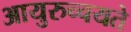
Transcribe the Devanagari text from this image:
आयुरुच्चयते